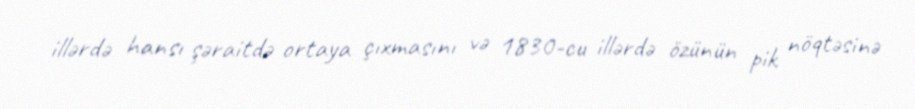
illərdə hansı şəraitdə ortaya çıxmasını və 1830-cu illərdə özünün pik nöqtəsinə